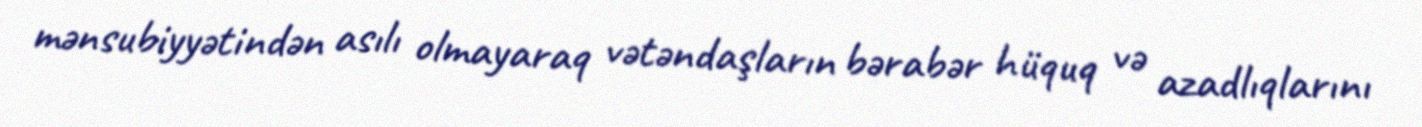
mənsubiyyətindən asılı olmayaraq vətəndaşların bərabər hüquq və azadlıqlarını